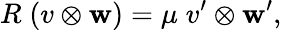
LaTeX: R\; (v\otimes\mathbf{w})=\mu\; v^{\prime}\otimes\mathbf{w}^{\prime},